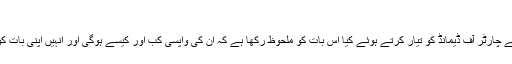
‘‘
عمران خان نے اپنے چارٹر آف ڈیمانڈ کو تیار کرتے ہوئے کیا اس بات کو ملحوظ رکھا ہے کہ اُن کی واپسی کب اور کیسے ہوگی اور اُنہیں اپنی بات کو کب ختم کرناہے۔